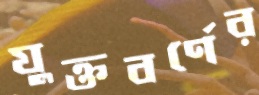
যুক্তবর্ণের